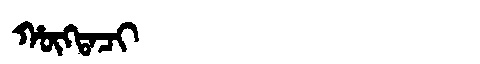
Manchu: ᡥᡡᡴᡨᠠᠴᡳ
Romanization: HŪKTACI